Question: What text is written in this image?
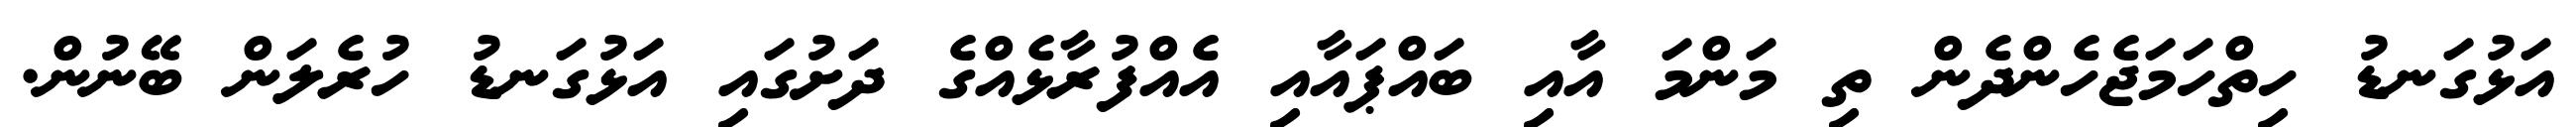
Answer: އަޅުގަނޑު ހިތްހަމަޖެހެންދެން ތި މަންމަ އާއި ބައްޕައާއި އެއްފުރާޅެއްގެ ދަށުގައި އަޅުގަނޑު ހުރެލަން ބޭނުން.